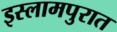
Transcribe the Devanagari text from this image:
इस्लामपुरात